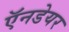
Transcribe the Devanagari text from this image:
ऍनडेयर